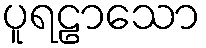
ပူရဠာသော